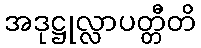
အဒုဋ္ဌုလ္လာပတ္တီတိ